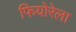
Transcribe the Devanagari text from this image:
फियोरेला